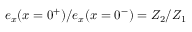
{ e _ { x } ( x = 0 ^ { + } ) / e _ { x } ( x = 0 ^ { - } ) = Z _ { 2 } / Z _ { 1 } }